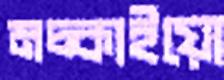
মচ্‌কাইয়ো